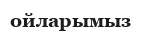
ойларымыз